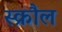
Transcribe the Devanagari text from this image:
स्क्रौल